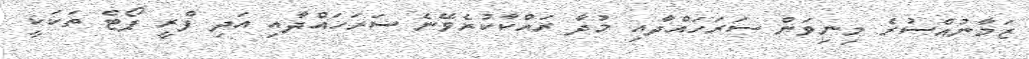
ޒަމާނުއްސުރެ މިނިވަން ސަރަހައްދާއި މުދާ ރައްކާކުރެވޭނެ ސަރަހައްދާއި އަދި ފްރީ ޕޯޓް ތަކަކީ